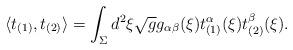
LaTeX: \begin{align*}\langle t_{(1)},t_{(2)} \rangle = \int_{\Sigma} d^{2}\xi \sqrt{g} g_{\alpha\beta}(\xi)t_{(1)}^{\alpha}(\xi)t_{(2)}^{\beta}(\xi).\end{align*}